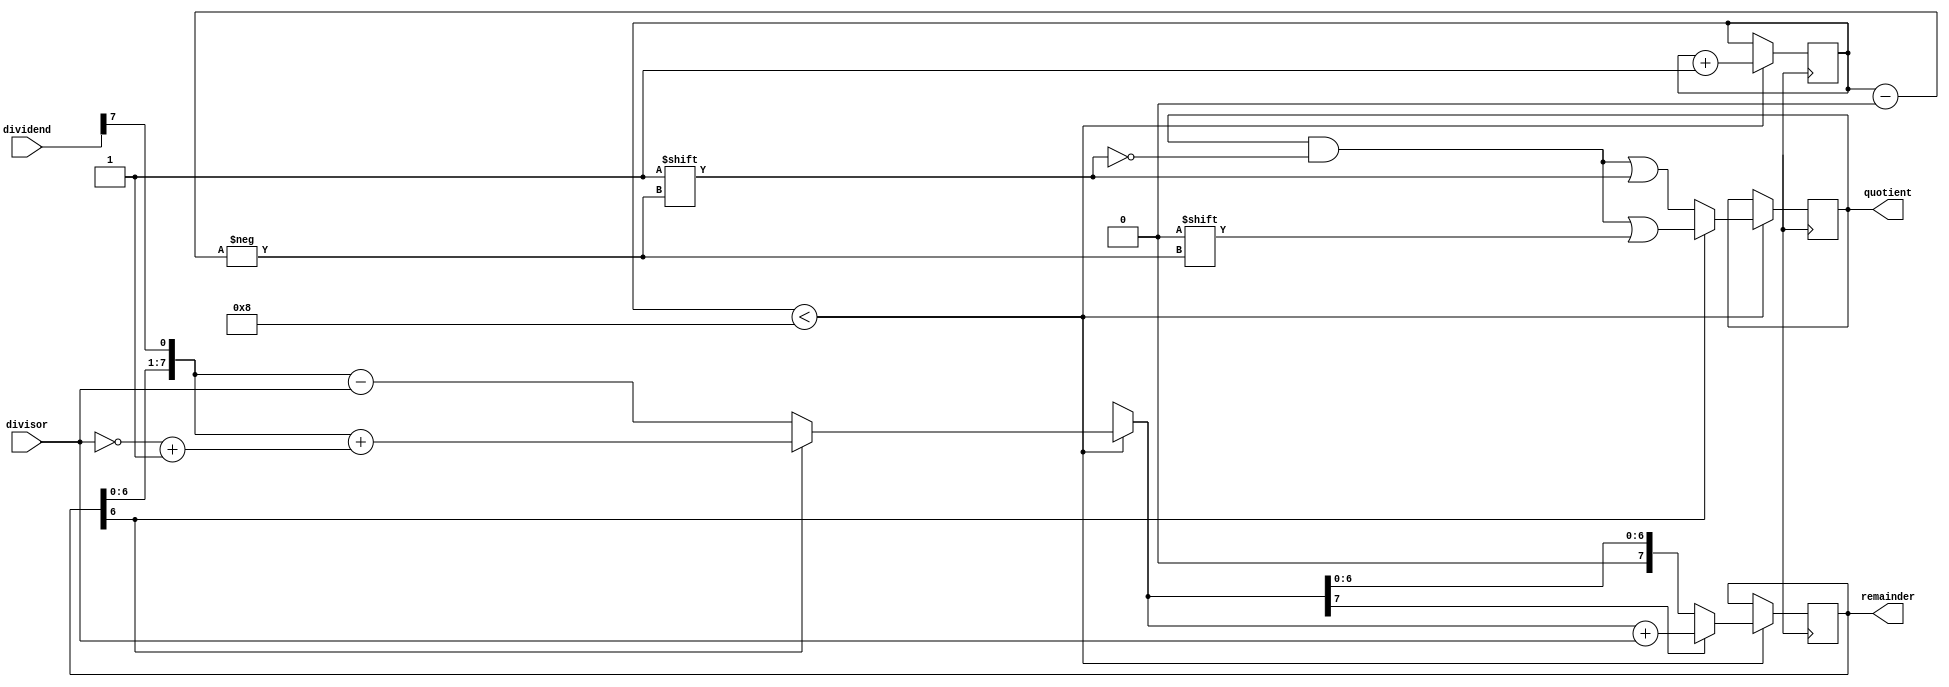
module non_restoring_divider (
    input [7:0] dividend,
    input [7:0] divisor,
    output reg [7:0] quotient,
    output reg [7:0] remainder
);

reg [7:0] accumulator;
reg [7:0] neg_divisor;
reg [3:0] count;

initial begin
    accumulator = 8'b00000000;
    neg_divisor = ~divisor + 1;
    count = 4'b0000;
end

always @ (posedge clk) begin
    if (count < 4'd8) begin
        accumulator = {accumulator[6:0], dividend[7]};
        if (accumulator[7] == 1) begin
            accumulator = accumulator + neg_divisor;
            quotient[count] = 1'b0;
        end else begin
            accumulator = accumulator - divisor;
            quotient[count] = 1'b1;
        end
        if (accumulator[7] == 1)
            accumulator = accumulator + divisor;
        count = count + 1;
    end
end

assign remainder = accumulator;

endmodule